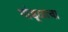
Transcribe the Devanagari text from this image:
गांडूळाचा